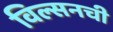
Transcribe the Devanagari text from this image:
विल्सनची